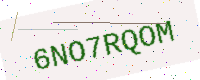
Text: 6NO7RQOM